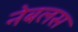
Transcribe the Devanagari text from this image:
नेबलस